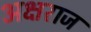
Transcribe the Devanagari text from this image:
अक्षराज